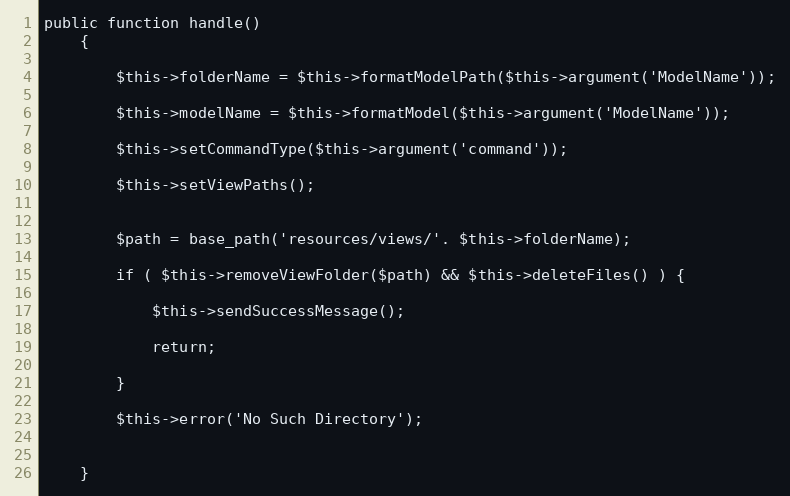
Language: PHP
public function handle()
    {

        $this->folderName = $this->formatModelPath($this->argument('ModelName'));

        $this->modelName = $this->formatModel($this->argument('ModelName'));

        $this->setCommandType($this->argument('command'));

        $this->setViewPaths();

        $path = base_path('resources/views/'. $this->folderName);

        if ( $this->removeViewFolder($path) && $this->deleteFiles() ) {

            $this->sendSuccessMessage();

            return;

        }

        $this->error('No Such Directory');

    }